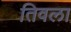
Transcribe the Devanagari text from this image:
तिवला